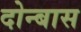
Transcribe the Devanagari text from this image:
दोन्बास